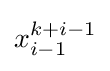
x_{i-1}^{k+i-1}